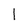
Character: 1